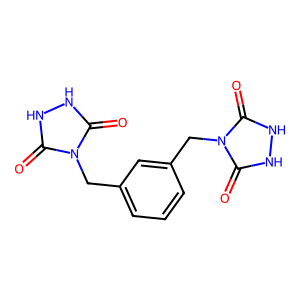
SMILES: O=c1[nH][nH]c(=O)n1Cc1cccc(Cn2c(=O)[nH][nH]c2=O)c1
Inhibits HIV replication: No